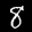
Label: 8